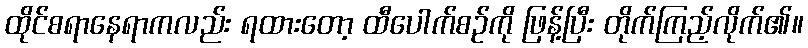
ထိုင်စရာနေရာကလည်း ရထားတော့ ထီပေါက်စဉ်ကို ဖြန့်ပြီး တိုက်ကြည့်လိုက်၏။